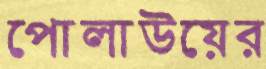
পোলাউয়ের